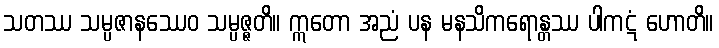
သတဿ သမ္ပဇာနဿေဝ သမ္ပဇ္ဇတိ။ ဣတော အညံ ပန မနသိကရောန္တဿ ပါကဋံ ဟောတိ။